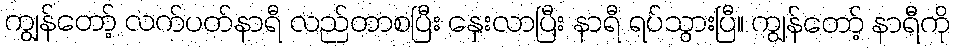
ကျွန်တော့် လက်ပတ်နာရီ လည်တာစပြီး နှေးလာပြီး နာရီ ရပ်သွားပြီ။ ကျွန်တော့် နာရီကို